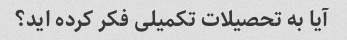
آیا به تحصیلات تکمیلی فکر کرده اید؟